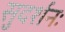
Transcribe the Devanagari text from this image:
सुदर्शनः